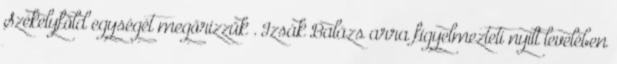
Székelyföld egységét megőrizzük”. Izsák Balázs arra figyelmezteti nyílt levelében